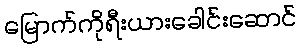
မြောက်ကိုရီးယားခေါင်းဆောင်